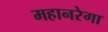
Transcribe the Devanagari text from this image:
महानरेगा